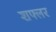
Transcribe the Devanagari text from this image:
शफ्लर